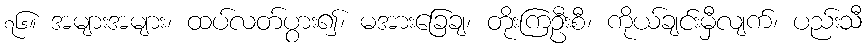
၇၆။ အများအများ၊ ထပ်လတ်ပွား၍၊ မအားခြေချ၊ တိုးကြဦးစီ၊ ကိုယ်ချင်းမှီလျက်၊ ပည်းသီ